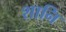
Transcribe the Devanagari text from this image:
शानि